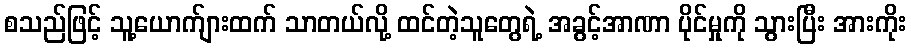
စသည်ဖြင့် သူ့ယောက်ျားထက် သာတယ်လို့ ထင်တဲ့သူတွေရဲ့ အခွင့်အာဏာ ပိုင်မှုကို သွားပြီး အားကိုး